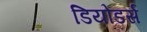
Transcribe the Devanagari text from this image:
डियोडर्स